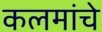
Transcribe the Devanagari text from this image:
कलमांचे